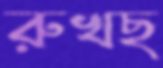
রুখছ